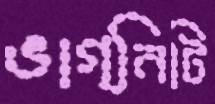
ভাগ্নিটি